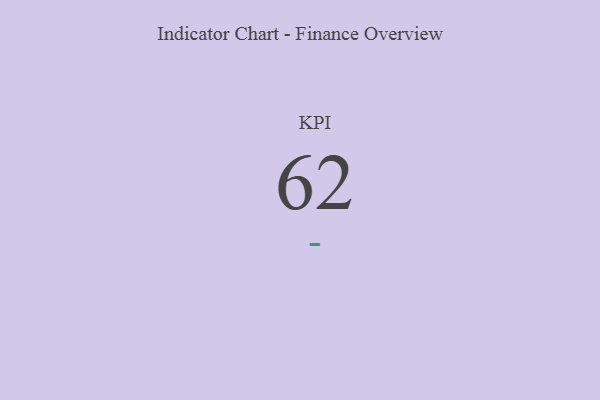
{"axis": {"x": "KPI", "y": "Value"}, "legend": [""], "data": [{"x": "KPI", "y": 62, "type": ""}]}